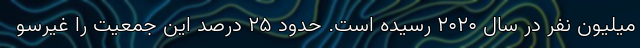
میلیون نفر در سال ۲۰۲۰ رسیده است. حدود ۲۵ درصد این جمعیت را غیرسو